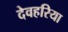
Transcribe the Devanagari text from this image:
देवहरिया